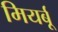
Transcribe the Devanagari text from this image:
मियर्बू